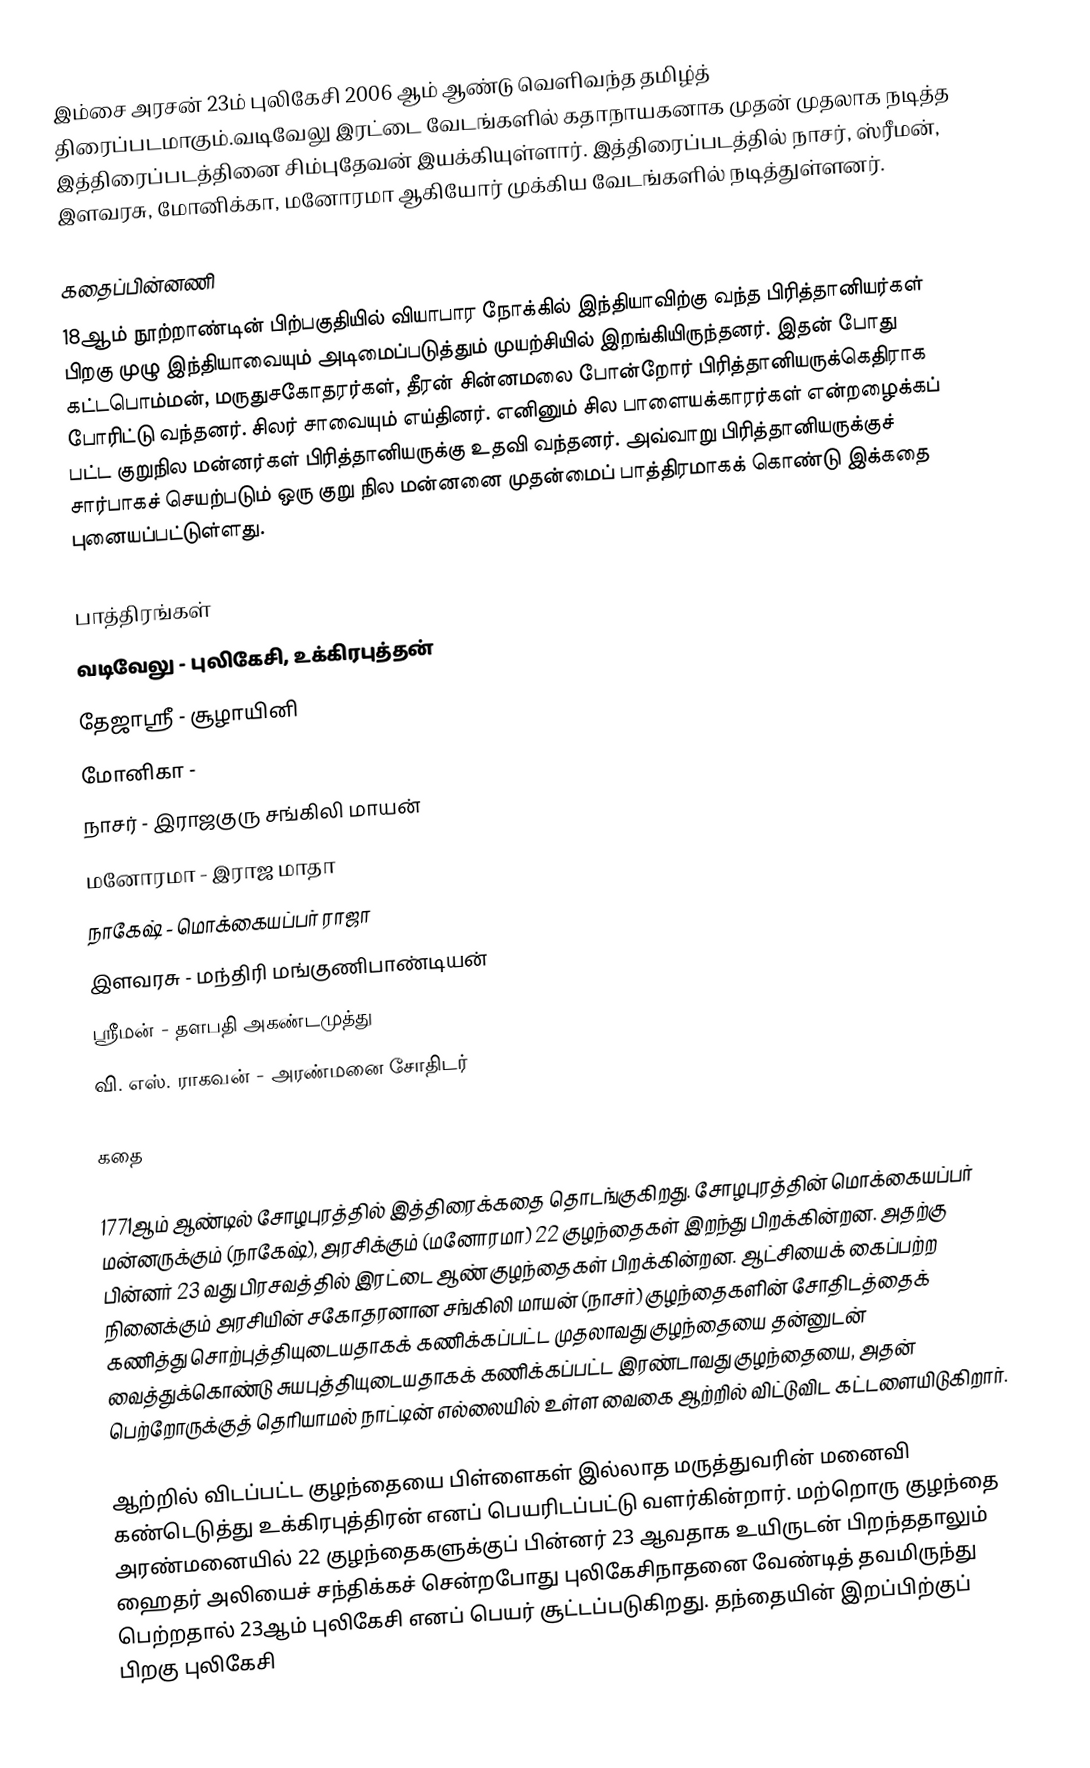
இம்சை அரசன் 23ம் புலிகேசி 2006 ஆம் ஆண்டு வெளிவந்த தமிழ்த் திரைப்படமாகும்.வடிவேலு இரட்டை வேடங்களில் கதாநாயகனாக முதன் முதலாக நடித்த இத்திரைப்படத்தினை சிம்புதேவன் இயக்கியுள்ளார். இத்திரைப்படத்தில் நாசர், ஸ்ரீமன், இளவரசு, மோனிக்கா, மனோரமா ஆகியோர் முக்கிய வேடங்களில் நடித்துள்ளனர்.

கதைப்பின்னணி
18ஆம் நூற்றாண்டின் பிற்பகுதியில் வியாபார நோக்கில் இந்தியாவிற்கு வந்த பிரித்தானியர்கள் பிறகு முழு இந்தியாவையும் அடிமைப்படுத்தும் முயற்சியில் இறங்கியிருந்தனர். இதன் போது கட்டபொம்மன், மருதுசகோதரர்கள், தீரன் சின்னமலை போன்றோர் பிரித்தானியருக்கெதிராக போரிட்டு வந்தனர். சிலர் சாவையும் எய்தினர். எனினும் சில பாளையக்காரர்கள் என்றழைக்கப் பட்ட குறுநில மன்னர்கள் பிரித்தானியருக்கு உதவி வந்தனர். அவ்வாறு பிரித்தானியருக்குச் சார்பாகச் செயற்படும் ஒரு குறு நில மன்னனை முதன்மைப் பாத்திரமாகக் கொண்டு இக்கதை புனையப்பட்டுள்ளது.

பாத்திரங்கள்
 வடிவேலு - புலிகேசி, உக்கிரபுத்தன்
 தேஜாஸ்ரீ - சூழாயினி
 மோனிகா -
 நாசர் - இராஜகுரு சங்கிலி மாயன்
 மனோரமா - இராஜ மாதா
 நாகேஷ் - மொக்கையப்பர் ராஜா
 இளவரசு - மந்திரி மங்குணிபாண்டியன்
 ஸ்ரீமன் - தளபதி அகண்டமுத்து
 வி. எஸ். ராகவன் - அரண்மனை சோதிடர்

கதை

1771ஆம் ஆண்டில் சோழபுரத்தில் இத்திரைக்கதை  தொடங்குகிறது. சோழபுரத்தின் மொக்கையப்பர் மன்னருக்கும் (நாகேஷ்), அரசிக்கும் (மனோரமா)  22 குழந்தைகள் இறந்து பிறக்கின்றன. அதற்கு பின்னர் 23 வது பிரசவத்தில் இரட்டை ஆண் குழந்தைகள் பிறக்கின்றன. ஆட்சியைக் கைப்பற்ற நினைக்கும் அரசியின் சகோதரனான சங்கிலி மாயன் (நாசர்) குழந்தைகளின் சோதிடத்தைக் கணித்து சொற்புத்தியுடையதாகக் கணிக்கப்பட்ட முதலாவது குழந்தையை தன்னுடன் வைத்துக்கொண்டு சுயபுத்தியுடையதாகக் கணிக்கப்பட்ட இரண்டாவது குழந்தையை, அதன் பெற்றோருக்குத் தெரியாமல் நாட்டின் எல்லையில் உள்ள வைகை ஆற்றில் விட்டுவிட கட்டளையிடுகிறார்.

ஆற்றில் விடப்பட்ட குழந்தையை பிள்ளைகள் இல்லாத மருத்துவரின் மனைவி கண்டெடுத்து உக்கிரபுத்திரன் எனப் பெயரிடப்பட்டு வளர்கின்றார். மற்றொரு குழந்தை அரண்மனையில் 22 குழந்தைகளுக்குப் பின்னர் 23 ஆவதாக உயிருடன் பிறந்ததாலும் ஹைதர் அலியைச் சந்திக்கச் சென்றபோது புலிகேசிநாதனை வேண்டித் தவமிருந்து பெற்றதால் 23ஆம் புலிகேசி எனப் பெயர் சூட்டப்படுகிறது. தந்தையின் இறப்பிற்குப் பிறகு புலிகேசி